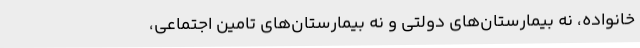
خانواده، نه بیمارستان‌های دولتی و نه بیمارستان‌های تامین اجتماعی،